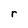
Character: r